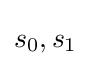
s_{0},s_{1}